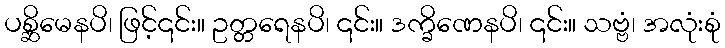
ပစ္ဆိမေနပိ၊ ဖြင့်၎င်း။ ဥတ္တရေနပိ၊ ၎င်း။ ဒက္ခိဏေနပိ၊ ၎င်း။ သဗ္ဗံ၊ အလုံးစုံ